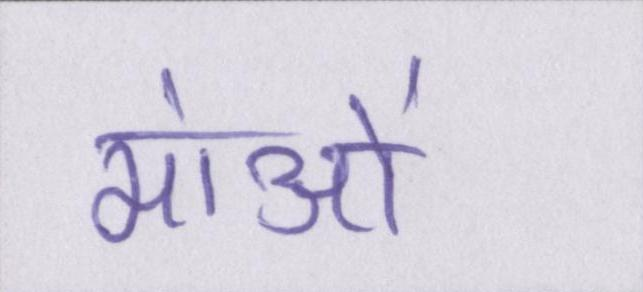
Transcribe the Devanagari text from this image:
मांओं